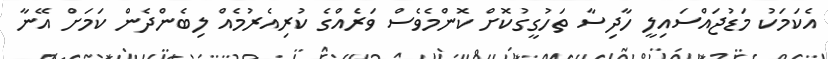
އެކަމަކު މަޑުޖައްސައިލީ ހާދިސާ ތަހުގީގުކޮށް ކޮންމެވެސް ވަރެއްގެ ކުރިއެރުމެއް ލިބެންދެން ކަމަށް އޭނާ